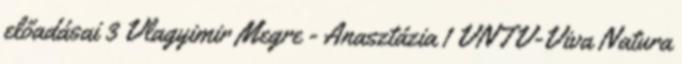
előadásai 3 Vlagyimir Megre - Anasztázia 1 VNTV-Viva Natura